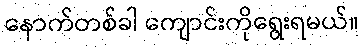
နောက်တစ်ခါ ကျောင်းကိုရွေးရမယ်။